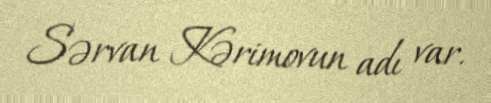
Sərvan Kərimovun adı var.